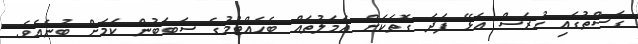
ގަސްތުގައި ހުރަސް އެޅޭ ފަދަ ގޮތަކަށް ޢަމަލުތައް ބެހެއްޓުމުގެ ސަބަބުން ކަމަށް ބުނެއެވެ.